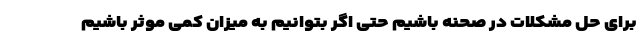
برای حل مشکلات در صحنه باشیم حتی اگر بتوانیم به میزان کمی موثر باشیم